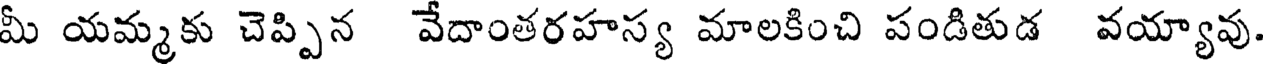
మీ యమ్మకు చెప్పిన వేదాంతరహస్య మాలకించి పండితుడ వయ్యావు